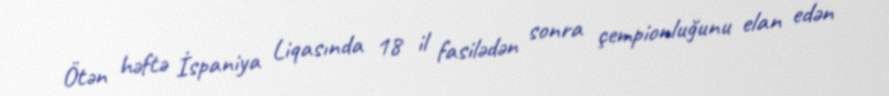
Ötən həftə İspaniya Liqasında 18 il fasilədən sonra çempionluğunu elan edən